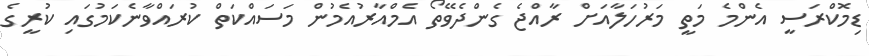
ޑިމޮކްރަސީ އެންމެ މަތީ މަރުހަލާއަށް ރާއްޖެ ގެންދެވޭތޯ އެމްއާރުއެމުން މަސައްކަތް ކުރައްވާނެކަމުގައި ކުރީގެ